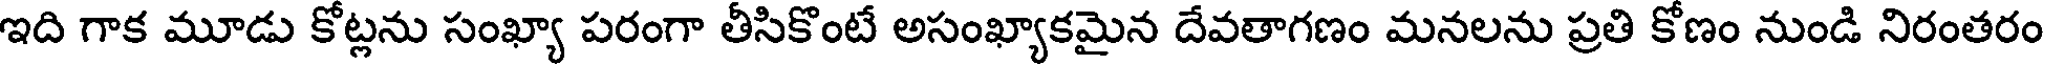
ఇది గాక మూడు కోట్లను సంఖ్యా పరంగా తీసికొంటే అసంఖ్యాకమైన దేవతాగణం మనలను ప్రతి కోణం నుండి నిరంతరం